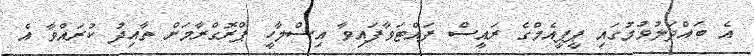
އެ ބައްދަލުވުމުގައި ޕީޕީއެމްގެ ރައީސް ފައްޓަވާފައިވާ އިސްލާހީ ޕްރޮގްރާމަށް ތާއިދު ކުރައްވާ އެ